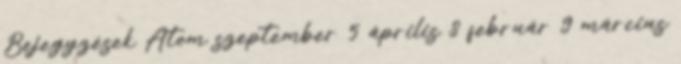
Bejegyzések Atom szeptember 5 április 8 február 9 március